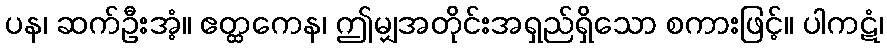
ပန၊ ဆက်ဦးအံ့။ ဧတ္ထကေန၊ ဤမျှအတိုင်းအရှည်ရှိသော စကားဖြင့်။ ပါကဋံ၊